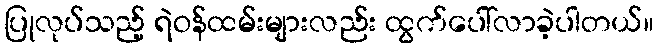
ပြုလုပ်သည့် ရဲဝန်ထမ်းများလည်း ထွက်ပေါ်လာခဲ့ပါတယ်။